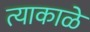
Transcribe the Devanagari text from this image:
त्याकाळे